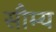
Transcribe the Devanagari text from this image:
सौम्‍य